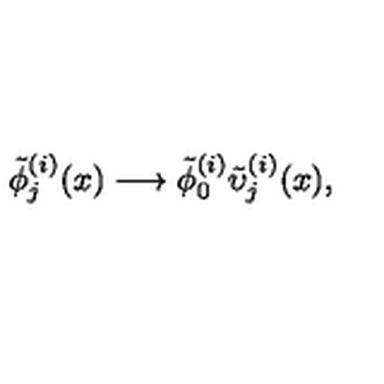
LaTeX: \tilde { \phi } _ { j } ^ { ( i ) } ( x ) \longrightarrow \tilde { \phi } _ { 0 } ^ { ( i ) } \tilde { \upsilon } _ { j } ^ { ( i ) } ( x ) ,